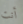
أنت